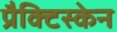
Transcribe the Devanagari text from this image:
प्रैक्टिस्केन